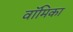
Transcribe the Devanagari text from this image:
वॉमिका